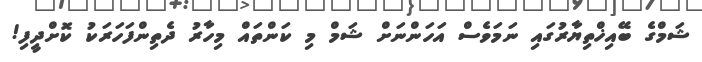
ޝަމްގެ ބޭއިޚްތިޔާރުގައި ނަމަވެސް އަހަންނަށް ޝަމް މި ކަންތައް މިހާރު ދެތިންފަހަރަކު ކޮށްދީފި!